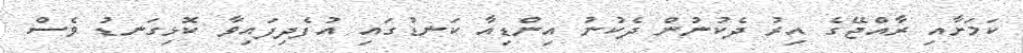
ކަމަށާއި ރާއްޖޭގެ އިރު ދެކުނުން ދެކުނު އިންޑިއާ ކަނޑުގައި އުފެދިފައިވާ ކޮޅިގަނޑު ވެސް